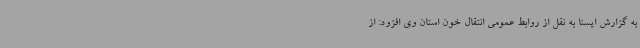
به گزارش ایسنا به نقل از روابط عمومی انتقال خون استان وی افزود: از